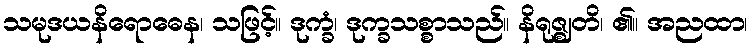
သမုဒယနိရောဓေန၊ သဖြင့်။ ဒုက္ခံ၊ ဒုက္ခသစ္စာသည်။ နိရုဇ္ဈတိ၊ ၏။ အညထာ၊